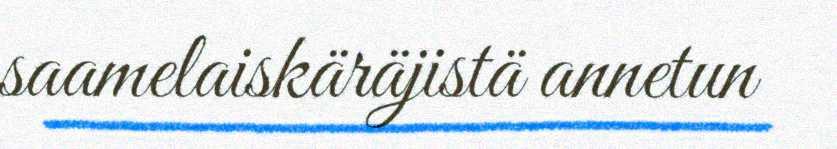
saamelaiskäräjistä annetun